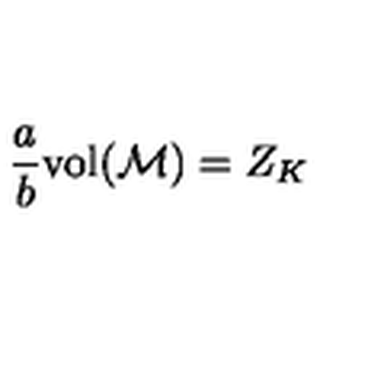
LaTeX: \frac { a } { b } \mathrm { v o l } ( { \cal M } ) = Z _ { K }